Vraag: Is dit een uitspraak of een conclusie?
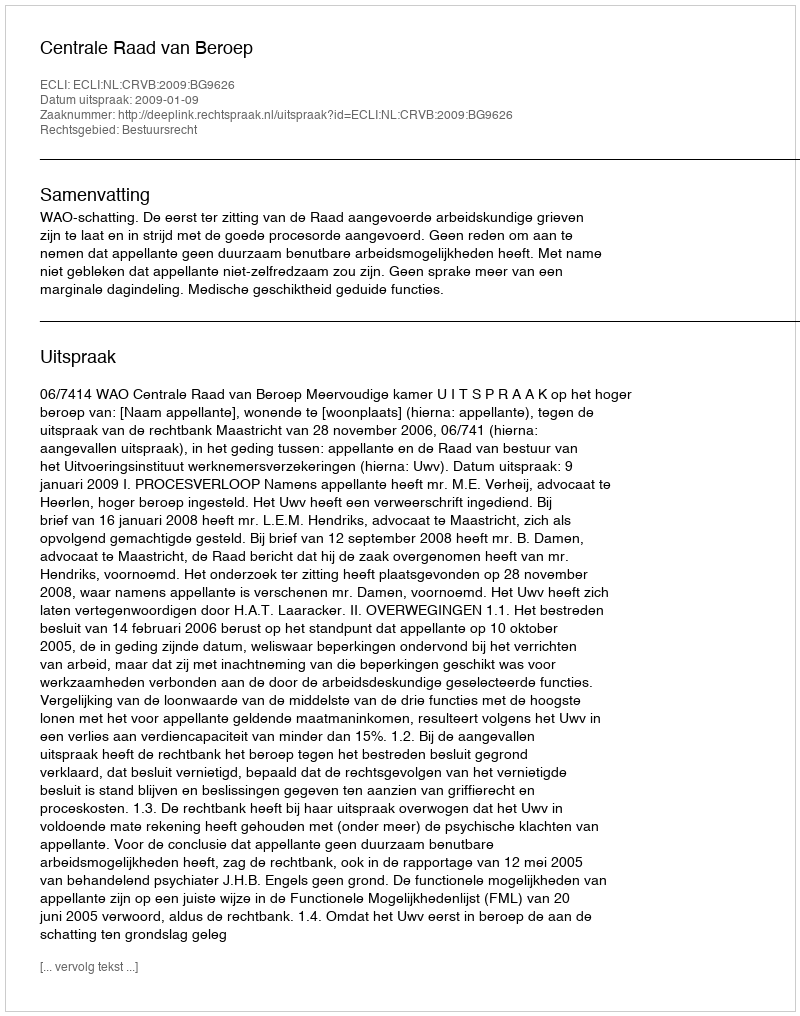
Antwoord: Uitspraak